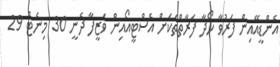
އެންޑީއޭއިން ފަރުވާ ހޯދާ ފަރާތްތަކަށް އެސްޓީއޯއިން ވަޒީފާ ދެނީ 30 މިނެޓް 29